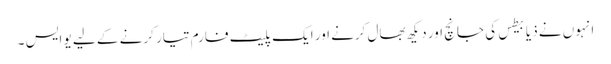
انہوں نے ذیابیطس کی جانچ اور دیکھ بھال کرنے اور ایک پلیٹ فارم تیار کرنے کے لیے یو ایس ۔